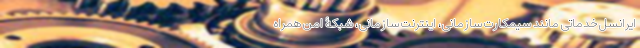
ایرانسل خدماتی مانند سیمکارت سازمانی، اینترنت سازمانی، شبکۀ امن همراه